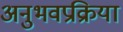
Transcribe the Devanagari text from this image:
अनुभवप्रक्रिया